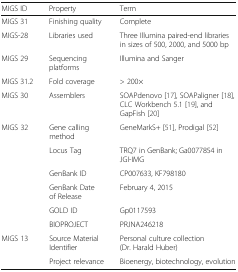
<table><thead><tr><td><b>MIGS ID</b></td><td><b>Property</b></td><td><b>Term</b></td></tr></thead><tbody><tr><td>MIGS 31</td><td>Finishing quality</td><td>Complete</td></tr><tr><td>MIGS-28</td><td>Libraries used</td><td>Three Illumina paired-end libraries in sizes of 500, 2000, and 5000 bp</td></tr><tr><td>MIGS 29</td><td>Sequencing platforms</td><td>Illumina and Sanger</td></tr><tr><td>MIGS 31.2</td><td>Fold coverage</td><td>&gt; 200×</td></tr><tr><td>MIGS 30</td><td>Assemblers</td><td>SOAPdenovo [17], SOAPaligner [18], CLC Workbench 5.1 [19], and GapFish [20]</td></tr><tr><td>MIGS 32</td><td>Gene calling method</td><td>GeneMarkS+ [51], Prodigal [52]</td></tr><tr><td>[EMPTY_CELL]</td><td>Locus Tag</td><td>TRQ7 in GenBank; Ga0077854 in JGI-IMG</td></tr><tr><td>[EMPTY_CELL]</td><td>GenBank ID</td><td>CP007633, KF798180</td></tr><tr><td>[EMPTY_CELL]</td><td>GenBank Date of Release</td><td>February 4, 2015</td></tr><tr><td>[EMPTY_CELL]</td><td>GOLD ID</td><td>Gp0117593</td></tr><tr><td>[EMPTY_CELL]</td><td>BIOPROJECT</td><td>PRJNA246218</td></tr><tr><td>MIGS 13</td><td>Source Material Identifier</td><td>Personal culture collection (Dr. Harald Huber)</td></tr><tr><td>[EMPTY_CELL]</td><td>Project relevance</td><td>Bioenergy, biotechnology, evolution</td></tr></tbody></table>